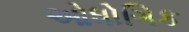
ઓધોગિક